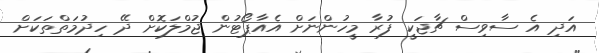
އަދި އެ ސާވިސް ޗާޖަކީ ފުރާ މީހުންނަށް އެއާޕޯޓުން ޖުމްލަކޮށް ދޭ ހިދުމަތްތަކަށް